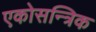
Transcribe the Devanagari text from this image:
एकोसन्त्रिक